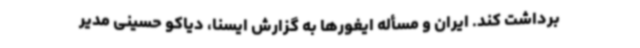
برداشت کند. ایران و مسأله ایغورها به گزارش ایسنا، دیاکو حسینی مدیر